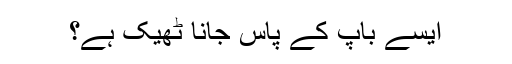
ایسے باپ کے پاس جانا ٹھیک ہے؟